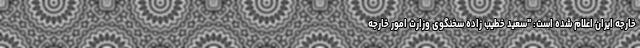
خارجه ایران اعلام شده است: "سعید خطیب زاده سخنگوی وزارت امور خارجه